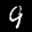
Label: 9